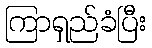
ကြာရှည်ခံပြီး